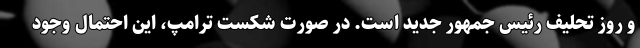
و روز تحلیف رئیس جمهور جدید است. در صورت شکست ترامپ، این احتمال وجود